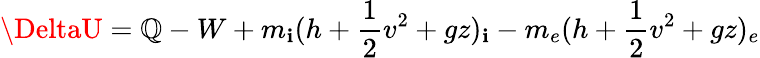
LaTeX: \DeltaU=\mathbb{Q}-W+m_{\mathbf{i}}(h+{\frac{{1}}{{2}}}v^{2}+gz)_{\mathbf{i}}-m_{e}(h+{\frac{{1}}{{2}}}v^{2}+gz)_{e}